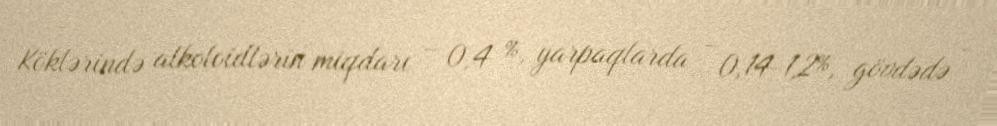
Köklərində alkoloidlərin miqdarı – 0,4 %, yarpaqlarda - 0,14-1,2%, gövdədə -